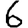
Digit: 6